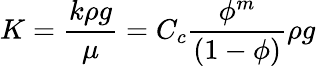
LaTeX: K=\frac{k\rho g}{\mu}=C_{c}\frac{\phi^{m}}{(1-\phi)}\rho g